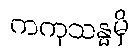
ကကုသန္ဓမှိ